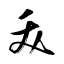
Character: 夭